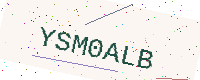
Text: YSM0ALB